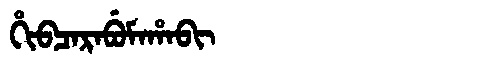
Manchu: ᡥᡳᠪᠴᠠᡵᠠᠪᡠᠮᠠᡥᠠᠪᡳ
Romanization: HIBCARABUMAHABI